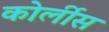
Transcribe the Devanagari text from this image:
कोर्लीस